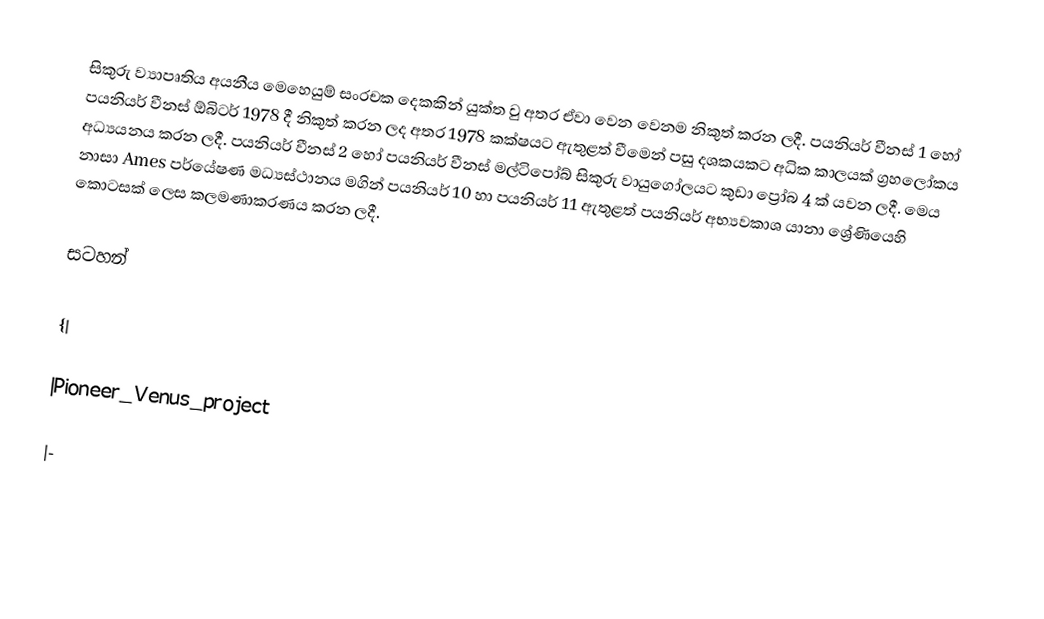
සිකුරු ව්‍යාපෘතිය අයනීය මෙහෙයුම් සංරචක දෙකකින් යුක්ත වු අතර ඒවා වෙන වෙනම නිකුත් කරන ලදී. පයනියර් වීනස් 1 හෝ පයනියර් වීනස් ඕබිටර් 1978 දී නිකුත් කරන ලද අතර 1978 කක්ෂයට ඇතුළත් වීමෙන් පසු දශකයකට අධික කාලයක් ග්‍රහලෝකය අධ්‍යයනය කරන ලදී. පයනියර් වීනස් 2 හෝ පයනියර් වීනස් මල්ටිපෝබ් සිකුරු වායුගෝලයට කුඩා ප්‍රෝබ 4 ක් යවන ලදී. මෙය නාසා Ames පර්යේෂණ මධ්‍යස්ථානය මගින් පයනියර් 10 හා පයනියර් 11 ඇතුළත් පයනියර් අභ්‍යවකාශ යානා ශ්‍රේණියෙහි කොටසක් ලෙස කලමණාකරණය කරන ලදී.

සටහන්

{|

|Pioneer_Venus_project

|-